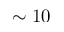
\sim 1 0